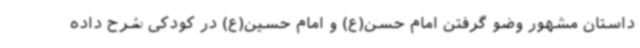
داستان مشهور وضو گرفتن امام حسن(ع) و امام حسین(ع) در کودکی شرح داده